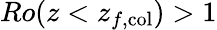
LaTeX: Ro(z<z_{f,\textrm{col}})>1